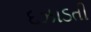
દઝાડતી